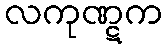
လကုဏ္ဋက